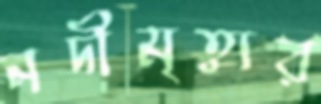
নদীমৃত্যুর